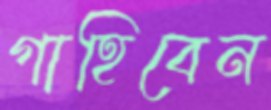
গাহিবেন